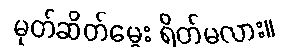
မုတ်ဆိတ်မွေး ရိတ်မလား။